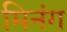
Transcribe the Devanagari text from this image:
मिनंग